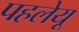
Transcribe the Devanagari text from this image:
पहलेयू